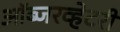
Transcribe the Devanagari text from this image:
ऑब्जरव्हेटरी